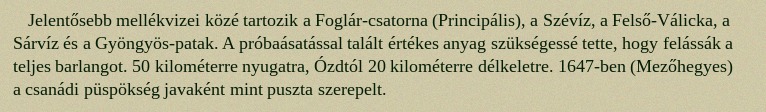
Jelentősebb mellékvizei közé tartozik a Foglár-csatorna (Principális), a Szévíz, a Felső-Válicka, a Sárvíz és a Gyöngyös-patak. A próbaásatással talált értékes anyag szükségessé tette, hogy felássák a teljes barlangot. 50 kilométerre nyugatra, Ózdtól 20 kilométerre délkeletre. 1647-ben (Mezőhegyes) a csanádi püspökség javaként mint puszta szerepelt.